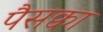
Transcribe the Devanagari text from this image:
पैसक्वा